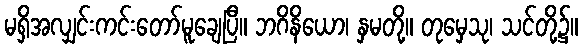
မရှိအလျှင်းကင်းတော်မူချေပြီ။ ဘဂိနိယော၊ နှမတို့။ တုမှေသု၊ သင်တို့၌။